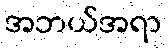
အဘယ်အရာ